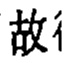
故行